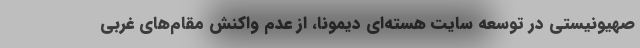
صهیونیستی در توسعه سایت هسته‌ای دیمونا، از عدم واکنش مقام‌های غربی